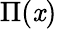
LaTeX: \Pi(\mathit{x})